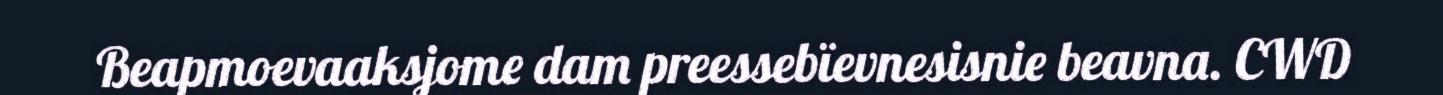
Beapmoevaaksjome dam preessebïevnesisnie beavna. CWD